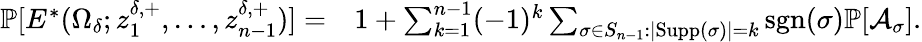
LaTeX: \begin{array}{rl}{\mathbb{P}[E^{*}(\Omega_{\delta};z_{1}^{\delta,+},\ldots,z_{n-1}^{\delta,+})]=}&{1+\sum_{k=1}^{n-1}(-1)^{k}\sum_{\sigma\in S_{n-1}:|\mathrm{Supp}(\sigma)|=k}\mathrm{sgn}(\sigma)\mathbb{P}[\mathcal{A}_{\sigma}].}\end{array}